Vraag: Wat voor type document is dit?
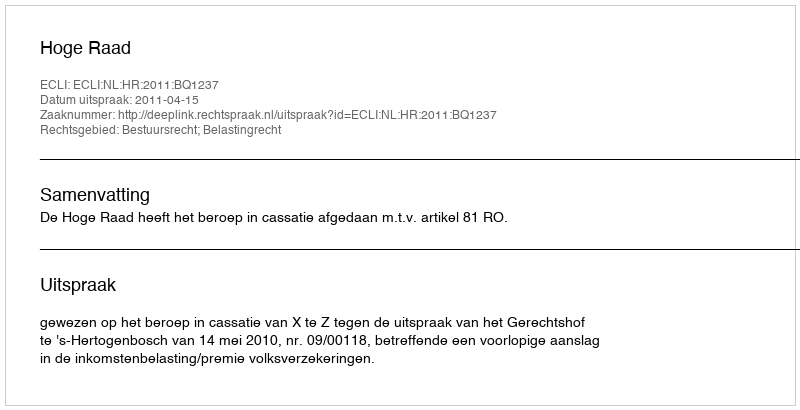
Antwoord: Uitspraak